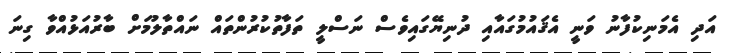
އަދި އެމަނިކުފާނު ވަނީ އެޤައުމުގައާއި ދުނިޔޭގައިވެސް ނަސްލީ ތަފާތުކުރުންތައް ނައްތާލުމަށް ބާރުއަޅުއްވާ ގިނަ